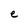
Character: e